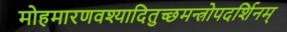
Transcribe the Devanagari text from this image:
मोहमारणवश्यादितुच्छमन्त्रोपदर्शिनम्